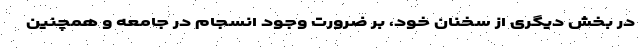
در بخش دیگری از سخنان خود، بر ضرورت وجود انسجام در جامعه و همچنین